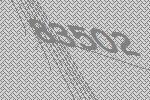
83502